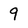
Character: 9